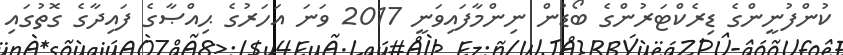
ކުންފުނީންގެ ޑިރެކްޓަރުންގެ ބޯޑުން ނިންމާފައިވަނީ 2017 ވަނަ އަހަރުގެ ޙިއްޞާގެ ފައިދާގެ ގޮތުގައި